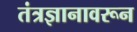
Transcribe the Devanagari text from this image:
तंत्रज्ञानावरून